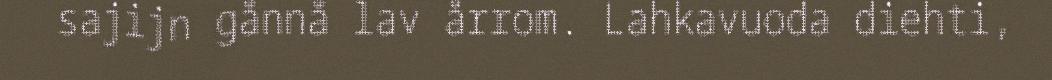
sajijn gånnå lav årrom. Lahkavuoda diehti,